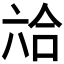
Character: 𰃣